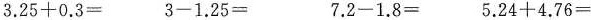
$$3 . 2 5 + 0 . 3 =$$ $$3 - 1 . 2 5 =$$ $$ 7 . 2 - 1 . 8 =$$ $$5 . 2 4 + 4 . 7 6 =$$